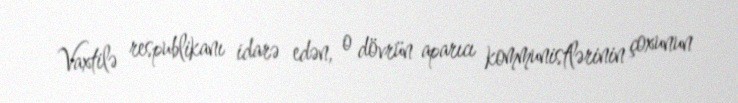
Vaxtilə respublikanı idarə edən, o dövrün aparıcı kommunistlərinin çoxunun